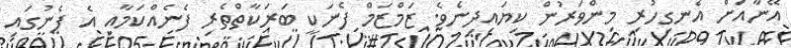
އޭނާއަށް އެނގިހުރި މިންވަރުން ކިޔައިދިނެވެ. ޒަމްޒަމް ފެނަކީ ބަރަކާތްތެރި ފެނެއްކަމާއި އެ ފެނުގައި